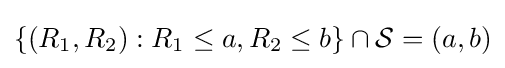
\{(R_{1},R_{2}):R_{1}\leq a,R_{2}\leq b\}\cap {\mathcal {S}}=(a,b)